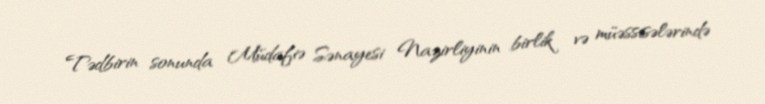
Tədbirin sonunda Müdafiə Sənayesi Nazirliyinin birlik və müəssisələrində